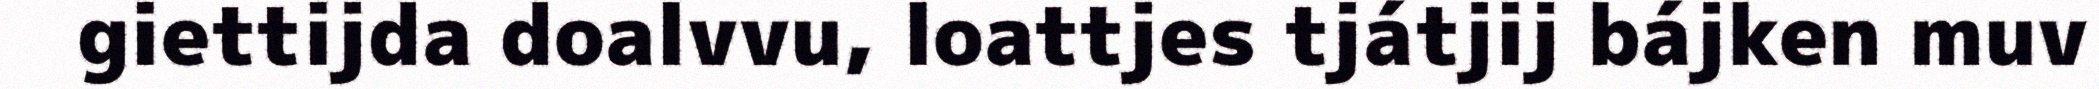
giettijda doalvvu, loattjes tjátjij bájken muv